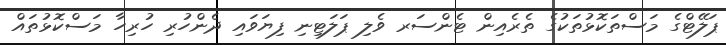
ޕަލޭޓްގެ މަސްތަކޮޅުތަކުގެ ތެރެއިން ޓެންސަރ ވެލި ޕަލަޓިނި ފިޔަވައި ދެންހުރި ހުރިހާ މަސްކޮޅުތައް